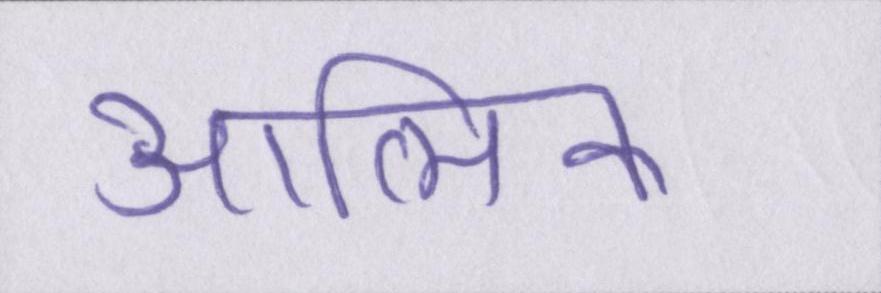
आत्मिक